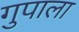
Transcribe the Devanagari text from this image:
गुपाला